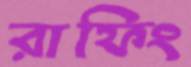
রাফিং